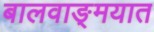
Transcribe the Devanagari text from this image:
बालवाङ्‌मयात